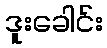
ဒူးခေါင်း